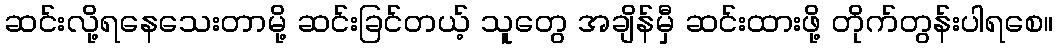
ဆင်းလို့ရနေသေးတာမို့ ဆင်းခြင်တယ့် သူတွေ အချိန်မှီ ဆင်းထားဖို့ တိုက်တွန်းပါရစေ။